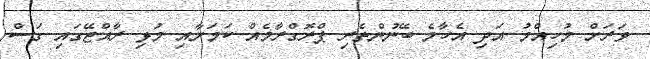
ވަރަށް މުހިއްމު އަދި އެހާމެ ބޭނުންތެރި ޕްރޮގްރާމެއް ކަމަށާއި މުޅި ރާއްޖޭގައި ގަސް